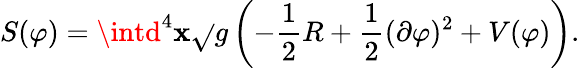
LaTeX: S(\varphi)=\intd^{4}\mathbf{x}\sqrt{}{{g}}\left(-{\frac{{1}}{{2}}}R+{\frac{{1}}{{2}}}(\partial\varphi)^{2}+V(\varphi)\right).